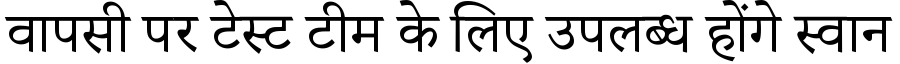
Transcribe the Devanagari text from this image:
वापसी पर टेस्ट टीम के लिए उपलब्ध होंगे स्वान